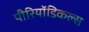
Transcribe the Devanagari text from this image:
पीरियॉडिकल्स